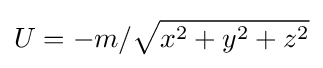
U=-m/{\sqrt {x^{2}+y^{2}+z^{2}}}